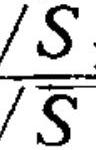
$\frac{S}{S}$